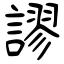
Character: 謬